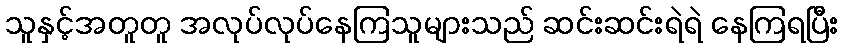
သူနှင့်အတူတူ အလုပ်လုပ်နေကြသူများသည် ဆင်းဆင်းရဲရဲ နေကြရပြီး